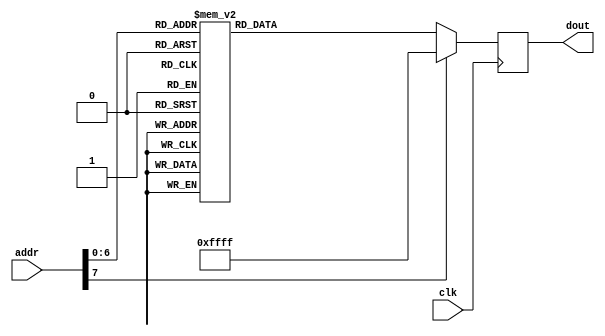
`timescale 1ns / 1ps
//////////////////////////////////////////////////////////////////////////////////
// Company: 
// Engineer: 
// 
// Design Name: 
// Module Name: OV7670_config_rom
// Project Name: 
// Target Devices: 
// Tool Versions: 
// Description: 
// 
// Dependencies: 
// 
// Revision:
// Revision 0.01 - File Created
// Additional Comments:
// 
//////////////////////////////////////////////////////////////////////////////////


module OV7670_config_rom(
    input wire clk,
    input wire [7:0] addr,
    output reg [15:0] dout
    );
    
     always @(posedge clk) begin
    case(addr)
	 
	 0:  dout <= 16'h12_80; //reset
    1:  dout <= 16'hFF_F0; //delay
    2:  dout <= 16'h12_14;//04; // COM7     set RGB color output
    3:  dout <= 16'h11_80; // CLKRC     internal PLL matches input clock
    4:  dout <= 16'h0C_00; // COM3,     default settings
    5:  dout <= 16'h3E_00; // COM14,    no scaling, normal pclock
    6:  dout <= 16'h04_00; // COM1,     disable CCIR656
    7:  dout <= 16'h40_d0; //COM15,     RGB565, full output range
    8:  dout <= 16'h3a_04; //TSLB       set correct output data sequence (magic)
    9:  dout <= 16'h14_18; //COM9       MAX AGC value x4
    10: dout <= 16'h4F_B3; //MTX1       all of these are magical matrix coefficients
    11: dout <= 16'h50_B3; //MTX2
    12: dout <= 16'h51_00; //MTX3
    13: dout <= 16'h52_3d; //MTX4
    14: dout <= 16'h53_A7; //MTX5
    15: dout <= 16'h54_E4; //MTX6
    16: dout <= 16'h58_9E; //MTXS
    17: dout <= 16'h3D_C0; //COM13      sets gamma enable, does not preserve reserved bits, may be wrong?
    18: dout <= 16'h17_14; //HSTART     start high 8 bits
    19: dout <= 16'h18_02; //HSTOP      stop high 8 bits //these kill the odd colored line
    20: dout <= 16'h32_80; //HREF       edge offset
    21: dout <= 16'h19_03; //VSTART     start high 8 bits
    22: dout <= 16'h1A_7B; //VSTOP      stop high 8 bits
    23: dout <= 16'h03_0A; //VREF       vsync edge offset
    24: dout <= 16'h0F_41; //COM6       reset timings
    25: dout <= 16'h1E_30; //MVFP       disable mirror / flip //might have magic value of 03
    26: dout <= 16'h33_0B; //CHLF       //magic value from the internet
    27: dout <= 16'h3C_78; //COM12      no HREF when VSYNC low
    28: dout <= 16'h69_00; //GFIX       fix gain control
    29: dout <= 16'h74_00; //REG74      Digital gain control
    30: dout <= 16'hB0_84; //RSVD       magic value from the internet *required* for good color
    31: dout <= 16'hB1_0c; //ABLC1
    32: dout <= 16'hB2_0e; //RSVD       more magic internet values
    33: dout <= 16'hB3_80; //THL_ST
    //begin mystery scaling numbers
    34: dout <= 16'h70_3a;
    35: dout <= 16'h71_35;
    36: dout <= 16'h72_11;
    37: dout <= 16'h73_f0;
    38: dout <= 16'ha2_02;
    //gamma curve values
    39: dout <= 16'h7a_20;
    40: dout <= 16'h7b_10;
    41: dout <= 16'h7c_1e;
    42: dout <= 16'h7d_35;
    43: dout <= 16'h7e_5a;
    44: dout <= 16'h7f_69;
    45: dout <= 16'h80_76;
    46: dout <= 16'h81_80;
    47: dout <= 16'h82_88;
    48: dout <= 16'h83_8f;
    49: dout <= 16'h84_96;
    50: dout <= 16'h85_a3;
    51: dout <= 16'h86_af;
    52: dout <= 16'h87_c4;
    53: dout <= 16'h88_d7;
    54: dout <= 16'h89_e8;
    //AGC and AEC
    55: dout <= 16'h13_e0; //COM8, disable AGC / AEC
    56: dout <= 16'h00_00; //set gain reg to 0 for AGC
    57: dout <= 16'h10_00; //set ARCJ reg to 0
    58: dout <= 16'h0d_40; //magic reserved bit for COM4
    59: dout <= 16'h14_18; //COM9, 4x gain + magic bit
    60: dout <= 16'ha5_05; // BD50MAX
    61: dout <= 16'hab_07; //DB60MAX
    62: dout <= 16'h24_95; //AGC upper limit
    63: dout <= 16'h25_33; //AGC lower limit
    64: dout <= 16'h26_e3; //AGC/AEC fast mode op region
    65: dout <= 16'h9f_78; //HAECC1
    66: dout <= 16'ha0_68; //HAECC2
    67: dout <= 16'ha1_03; //magic
    68: dout <= 16'ha6_d8; //HAECC3
    69: dout <= 16'ha7_d8; //HAECC4
    70: dout <= 16'ha8_f0; //HAECC5
    71: dout <= 16'ha9_90; //HAECC6
    72: dout <= 16'haa_94; //HAECC7
	 //73: dout <= 16'h13_e5; //COM8, enable AGC / AEC
    73: dout <= 16'h13_e7; //COM8, enable AGC / AEC
	 //
	 //74: dout <= 16'h01_96;
	 //75: dout <= 16'h02_40;
	 //
    default: dout <= 16'hFF_FF;         //mark end of ROM
    endcase 
    end
endmodule